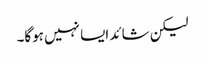
لیکن شائد ایسا نہیں ہوگا۔